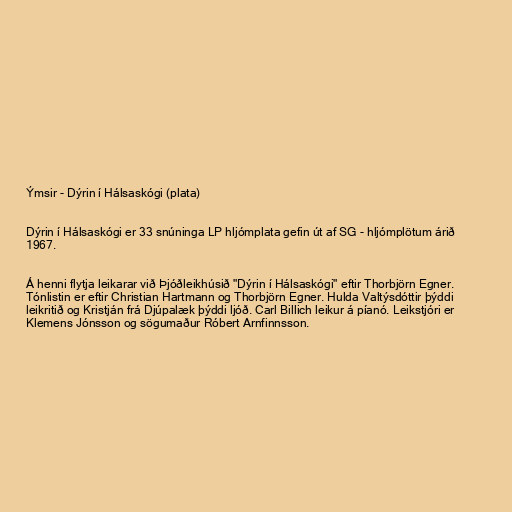
Ýmsir - Dýrin í Hálsaskógi (plata)

Dýrin í Hálsaskógi er 33 snúninga LP hljómplata gefin út af SG - hljómplötum árið
1967.

Á henni flytja leikarar við Þjóðleikhúsið "Dýrin í Hálsaskógi" eftir Thorbjörn Egner.
Tónlistin er eftir Christian Hartmann og Thorbjörn Egner. Hulda Valtýsdóttir þýddi
leikritið og Kristján frá Djúpalæk þýddi ljóð. Carl Billich leikur á píanó. Leikstjóri er
Klemens Jónsson og sögumaður Róbert Arnfinnsson.